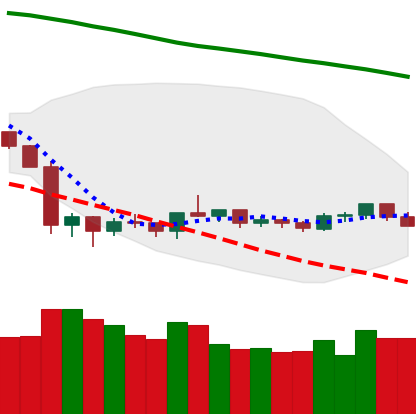
Ticker: NEO-USD
Chart end date: 2019-10-11
Forward return: -3.611%
Label: down_3_5